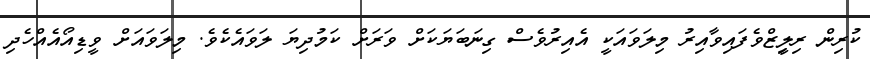
ކުރިން ރިލިީޒްވެފައިވާއިރު މިލަވައަކީ އެއިރުވެސް ގިނަބަޔަކަށް ވަރަށް ކަމުދިޔަ ލަވައެކެވެ. މިލަވައަށް ވީޑިއޯއެއްހެދި